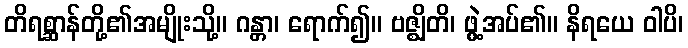
တိရစ္ဆာန်တို့၏အမျိုးသို့။ ဂန္တာ၊ ရောက်၍။ ဗဇ္ဈိတိ၊ ဖွဲ့အပ်၏။ နိရယေ ဝါပိ၊